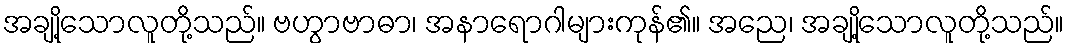
အချို့သောလူတို့သည်။ ဗဟွာဗာဓာ၊ အနာရောဂါများကုန်၏။ အညေ၊ အချို့သောလူတို့သည်။